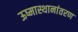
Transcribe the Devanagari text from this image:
ऊष्मास्थानांतरण